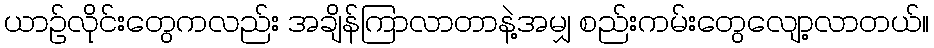
ယာဉ်လိုင်းတွေကလည်း အချိန်ကြာလာတာနဲ့အမျှ စည်းကမ်းတွေလျော့လာတယ်။